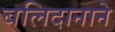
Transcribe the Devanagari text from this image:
बलिदानाने